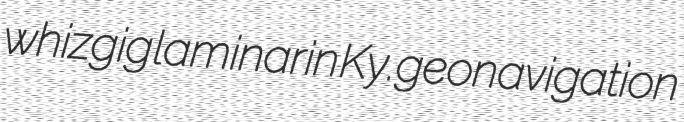
whizgig laminarin Ky. geonavigation